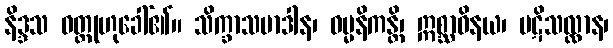
နိဒ္ဒသ ဝတ္ထုဟုခေါ်၏။ သိက္ခာသမာဒါန၊ ဓမ္မနိကန္တိ၊ ဣစ္ဆာဝိနယ၊ ပဋိသလ္လာန၊